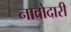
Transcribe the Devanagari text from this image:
नावोदारी